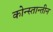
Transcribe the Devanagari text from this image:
कोन्स्तान्तीन